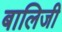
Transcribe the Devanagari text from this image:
बालिजी